Lunatic asylums in Bengal annual reports 1912-1924 - 1912-1924
Year: 1912
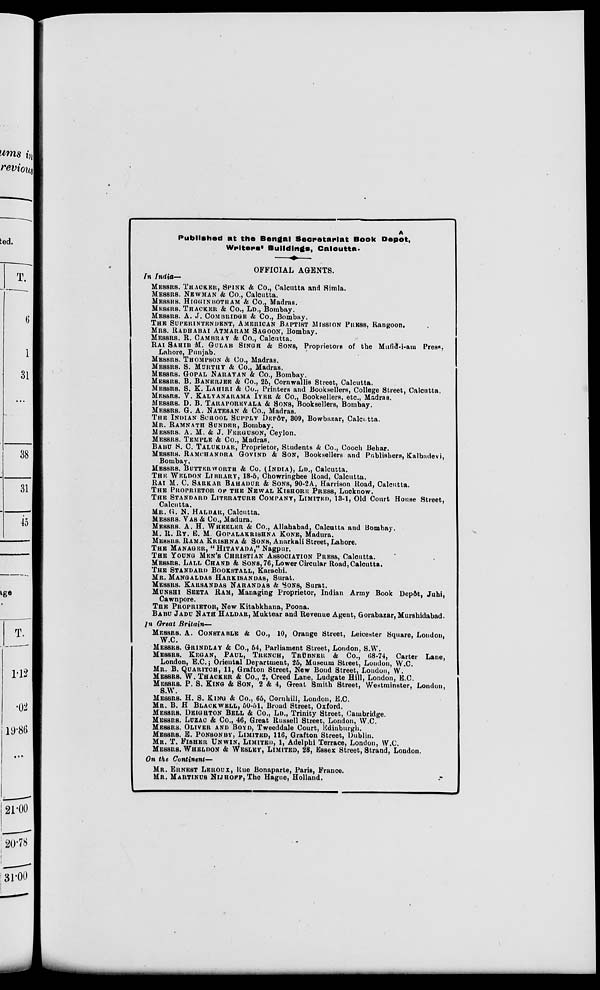
Published at the Bengal Secretariat Book Depôt,
Writers' Buildings, Calcutta.
OFFICIAL AGENTS.
In India—
MESSRS. THACKER, SPINK & Co., Calcutta and Simla.
MESSRS. NEWMAN & Co., Calcutta.
MESSRS. HIGGINBOTHAM & Co., Madras.
MESSRS. THACKER & Co., LD., Bombay.
MESSRS. A. J. COMBRIDGE & Co., Bombay.
THE SUPERINTENDENT, AMERICAN BAPTIST MISSION PRESS, Rangoon.
MRS. RADHABAI ATMARAM SAGOON, Bombay.
MESSRS. R. CAMBRAY & Co., Calcutta.
RAI SAHIB M. GULAB SINGH & SONS, Proprietors of the Mufid-i-am Press.
Lahore, Punjab.
MESSRS. THOMPSON & Co., Madras.
MESSRS. S. MURTHY & Co., Madras.
MESSRS. GOPAL NARAYAN & Co., Bombay.
MESSRS. B. BANERJEE & Co., 25, Cornwallis Street, Calcutta.
MESSRS. S. K. LAHIRI & Co., Printers and Booksellers, College Street, Calcutta.
MESSRS. V. KALYANARAMA IYER & Co., Booksellers, etc., Madras.
MESSRS. D. B. TARAPOREVALA & SONS, Booksellers, Bombay.
MESSRS. G. A. NATESAN & Co., Madras.
THE INDIAN SCHOOL SUPPLY DEPÔT, 309, Bowbazar, Calcutta.
MR. RAMNATH SUNDER, Bombay.
MESSRS. A. M. & J. FERGUSON, Ceylon.
MESSRS. TEMPLE & Co., Madras.
BABU S. C. TALUKDAR, Proprietor, Students & Co., Cooch Behar.
MESSRS. RAMCHANDRA GOVIND & SON, Booksellers and Publishers, Kalbadevi,
Bombay.
MESSRS. BUTTERWORTH & Co. (INDIA), LD., Calcutta.
THE WELDON LIBRARY, 18-5, Chowringhee Road, Calcutta.
RAI M. C. SARKAR BAHADUR & SONS, 90-2 A, Harrison Road, Calcutta.
THE PROPRIETOR OF THE NEWAL KISHORE PRESS, Lucknow.
THE STANDARD LITERATURE COMPANY, LIMITED, 13-1, Old Court House Street,
Calcutta.
MR. G. N. HALDAR, Calcutta.
MESSRS. VAS & Co., Madura.
MESSRS. A. H. WHEELER & Co., Allahabad, Calcutta and Bombay.
M. R. RY. E. M. GOPALAKRISHNA KONE, Madura.
MESSRS. RAMA KRISHNA & SONS, Anarkali Street, Lahore.
THE MANAGER, "HITAVADA," Nagpur.
THE YOUNG MEN'S CHRISTIAN ASSOCIATION PRESS, Calcutta.
MESSRS. LALL CHAND & SONS, 76, Lower Circular Road, Calcutta.
THE STANDARD BOOKSTALL, Karachi.
MR. MANGALDAS HARKISANDAS, Surat.
MESSRS. KARSANDAS NARANDAS & SONS, Surat.
MUNSHI SEETA RAM, Managing Proprietor, Indian Army Book Depôt, Juhi,
Cawnpore.
THE PROPRIETOR, New Kitabkhana, Poona.
BABU JADU NATH HALDAR, Muktear and Revenue Agent, Gorabazar, Murshidabad.
In Great Britain—
MESSRS. A. CONSTABLE & Co., 10, Orange Street, Leicester Square, London,
W.C.
MESSRS. GRINDLAY & Co., 54, Parliament Street, London, S.W.
MESSRS. KEGAN, PAUL, TRENCH, TRÜBNER & Co., 68-74, Carter Lane,
London, E.C.; Oriental Department, 25, Museum Street, London, W.C.
MR. B. QUARITCH, 11, Grafton Street, New Bond Street, Loudon, W.
MESSRS. W. THACKER & Co., 2, Creed Lane, Ludgate Hill, London, E.C.
MESSRS. P. S. KING & SON, 2 & 4, Great Smith Street, Westminster, London,
S.W.
MESSRS. H. S. KING & Co., 65, Cornhill, London, E.C.
MR. B. H BLACKWELL, 50-51, Broad Street, Oxford.
MESSRS. DEIGHTON BELL & Co., LD., Trinity Street, Cambridge.
MESSRS. LUZAC & Co., 46, Great Russell Street, London, W.C.
MESSRS. OLIVER AND BOYD, Tweeddale Court, Edinburgh.
MESSRS. E. PONSONBY, LIMITED, 116, Grafton Street, Dublin.
MR. T. FISHER UNWIN, LIMITED, 1, Adelphi Terrace, London, W.C.
MESSRS. WHELDON & WESLEY, LIMITED, 28, Essex Street, Strand, London.
On the Continent—
MR. ERNEST LEROUX, Rue Bonaparte, Paris, France.
MR. MARTINUS NIJHOFF, The Hague, Holland.